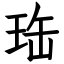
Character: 珤